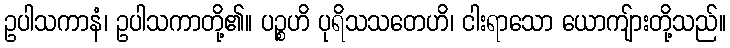
ဥပါသကာနံ၊ ဥပါသကာတို့၏။ ပဉ္စဟိ ပုရိသသတေဟိ၊ ငါးရာသော ယောကျ်ားတို့သည်။